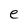
Character: e